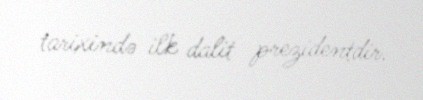
tarixində ilk dalit prezidentdir.